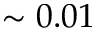
\sim 0 . 0 1